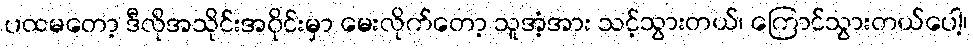
ပထမတော့ ဒီလိုအသိုင်းအဝိုင်းမှာ မေးလိုက်တော့ သူအံ့အား သင့်သွားတယ်၊ ကြောင်သွားတယ်ပေါ့၊